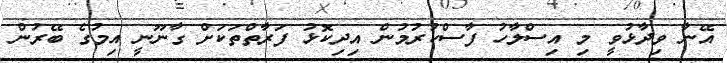
އޭނާ ވިދާޅުވީ މި އިސްލާހު ފާސްކުރުމުން އިދިކޮޅު ފަރާތްތަކަށް ގާނޫނީ އިމުގެ ބޭރުން